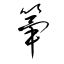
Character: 篳